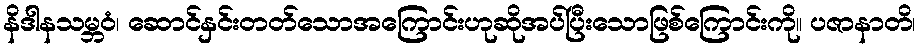
နိဒါနသမ္ဘဝံ၊ ဆောင်နှင်းတတ်သောအကြောင်းဟုဆိုအပ်ပြီးသောဖြစ်ကြောင်းကို။ ပဇာနာတိ၊